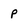
Character: P